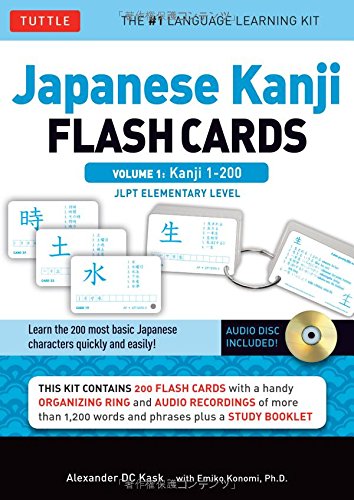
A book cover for Japanese Kanji Flash Cards Kit, Volume 1: Kanji 1-200: JLPT Beginning Level (Audio CD Included); Alexander Kask; Reference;